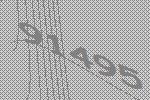
91495